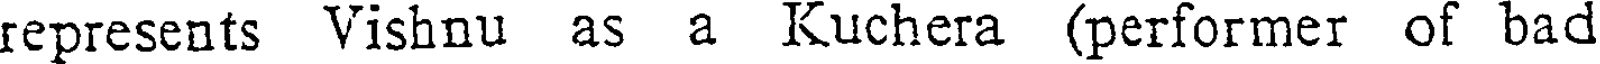
represents Vishnu as a Kuchera (performer of bad